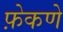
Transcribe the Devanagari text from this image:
फ़ेकणे